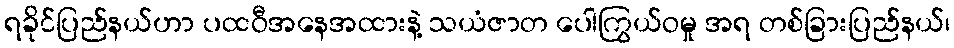
ရခိုင်ပြည်နယ်ဟာ ပထဝီအနေအထားနဲ့ သယံဇာတ ပေါကြွယ်ဝမှု အရ တစ်ခြားပြည်နယ်၊